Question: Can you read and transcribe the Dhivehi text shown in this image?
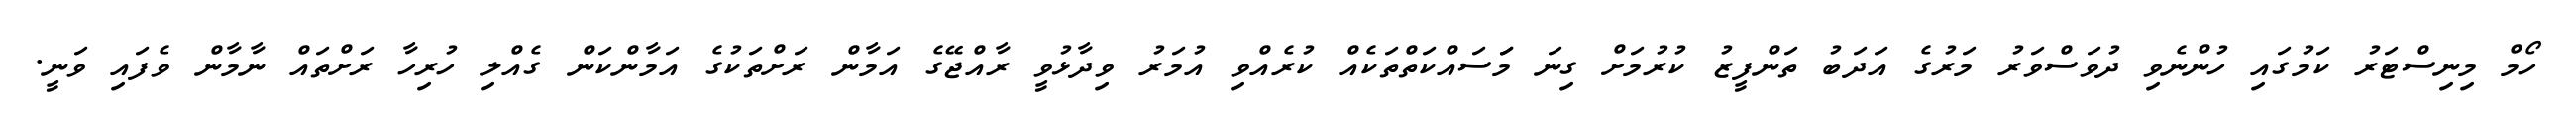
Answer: ހޯމް މިނިސްޓަރު ކަމުގައި ހުންނެވި ދުވަސްވަރު މަރުގެ އަދަބު ތަންފީޒު ކުރުމަށް ގިނަ މަަސައްކަތްތަކެއް ކުރެއްވި އުމަރު ވިދާޅުވީ ރާއްޖޭގެ އަމާން ރަށްތަކުގެ އަމާންކަން ގެއްލި ހުރިހާ ރަށްތައް ނާމާން ވެފައި ވަނީ.